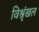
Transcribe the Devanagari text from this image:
विश्रृंखल